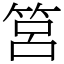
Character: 筥